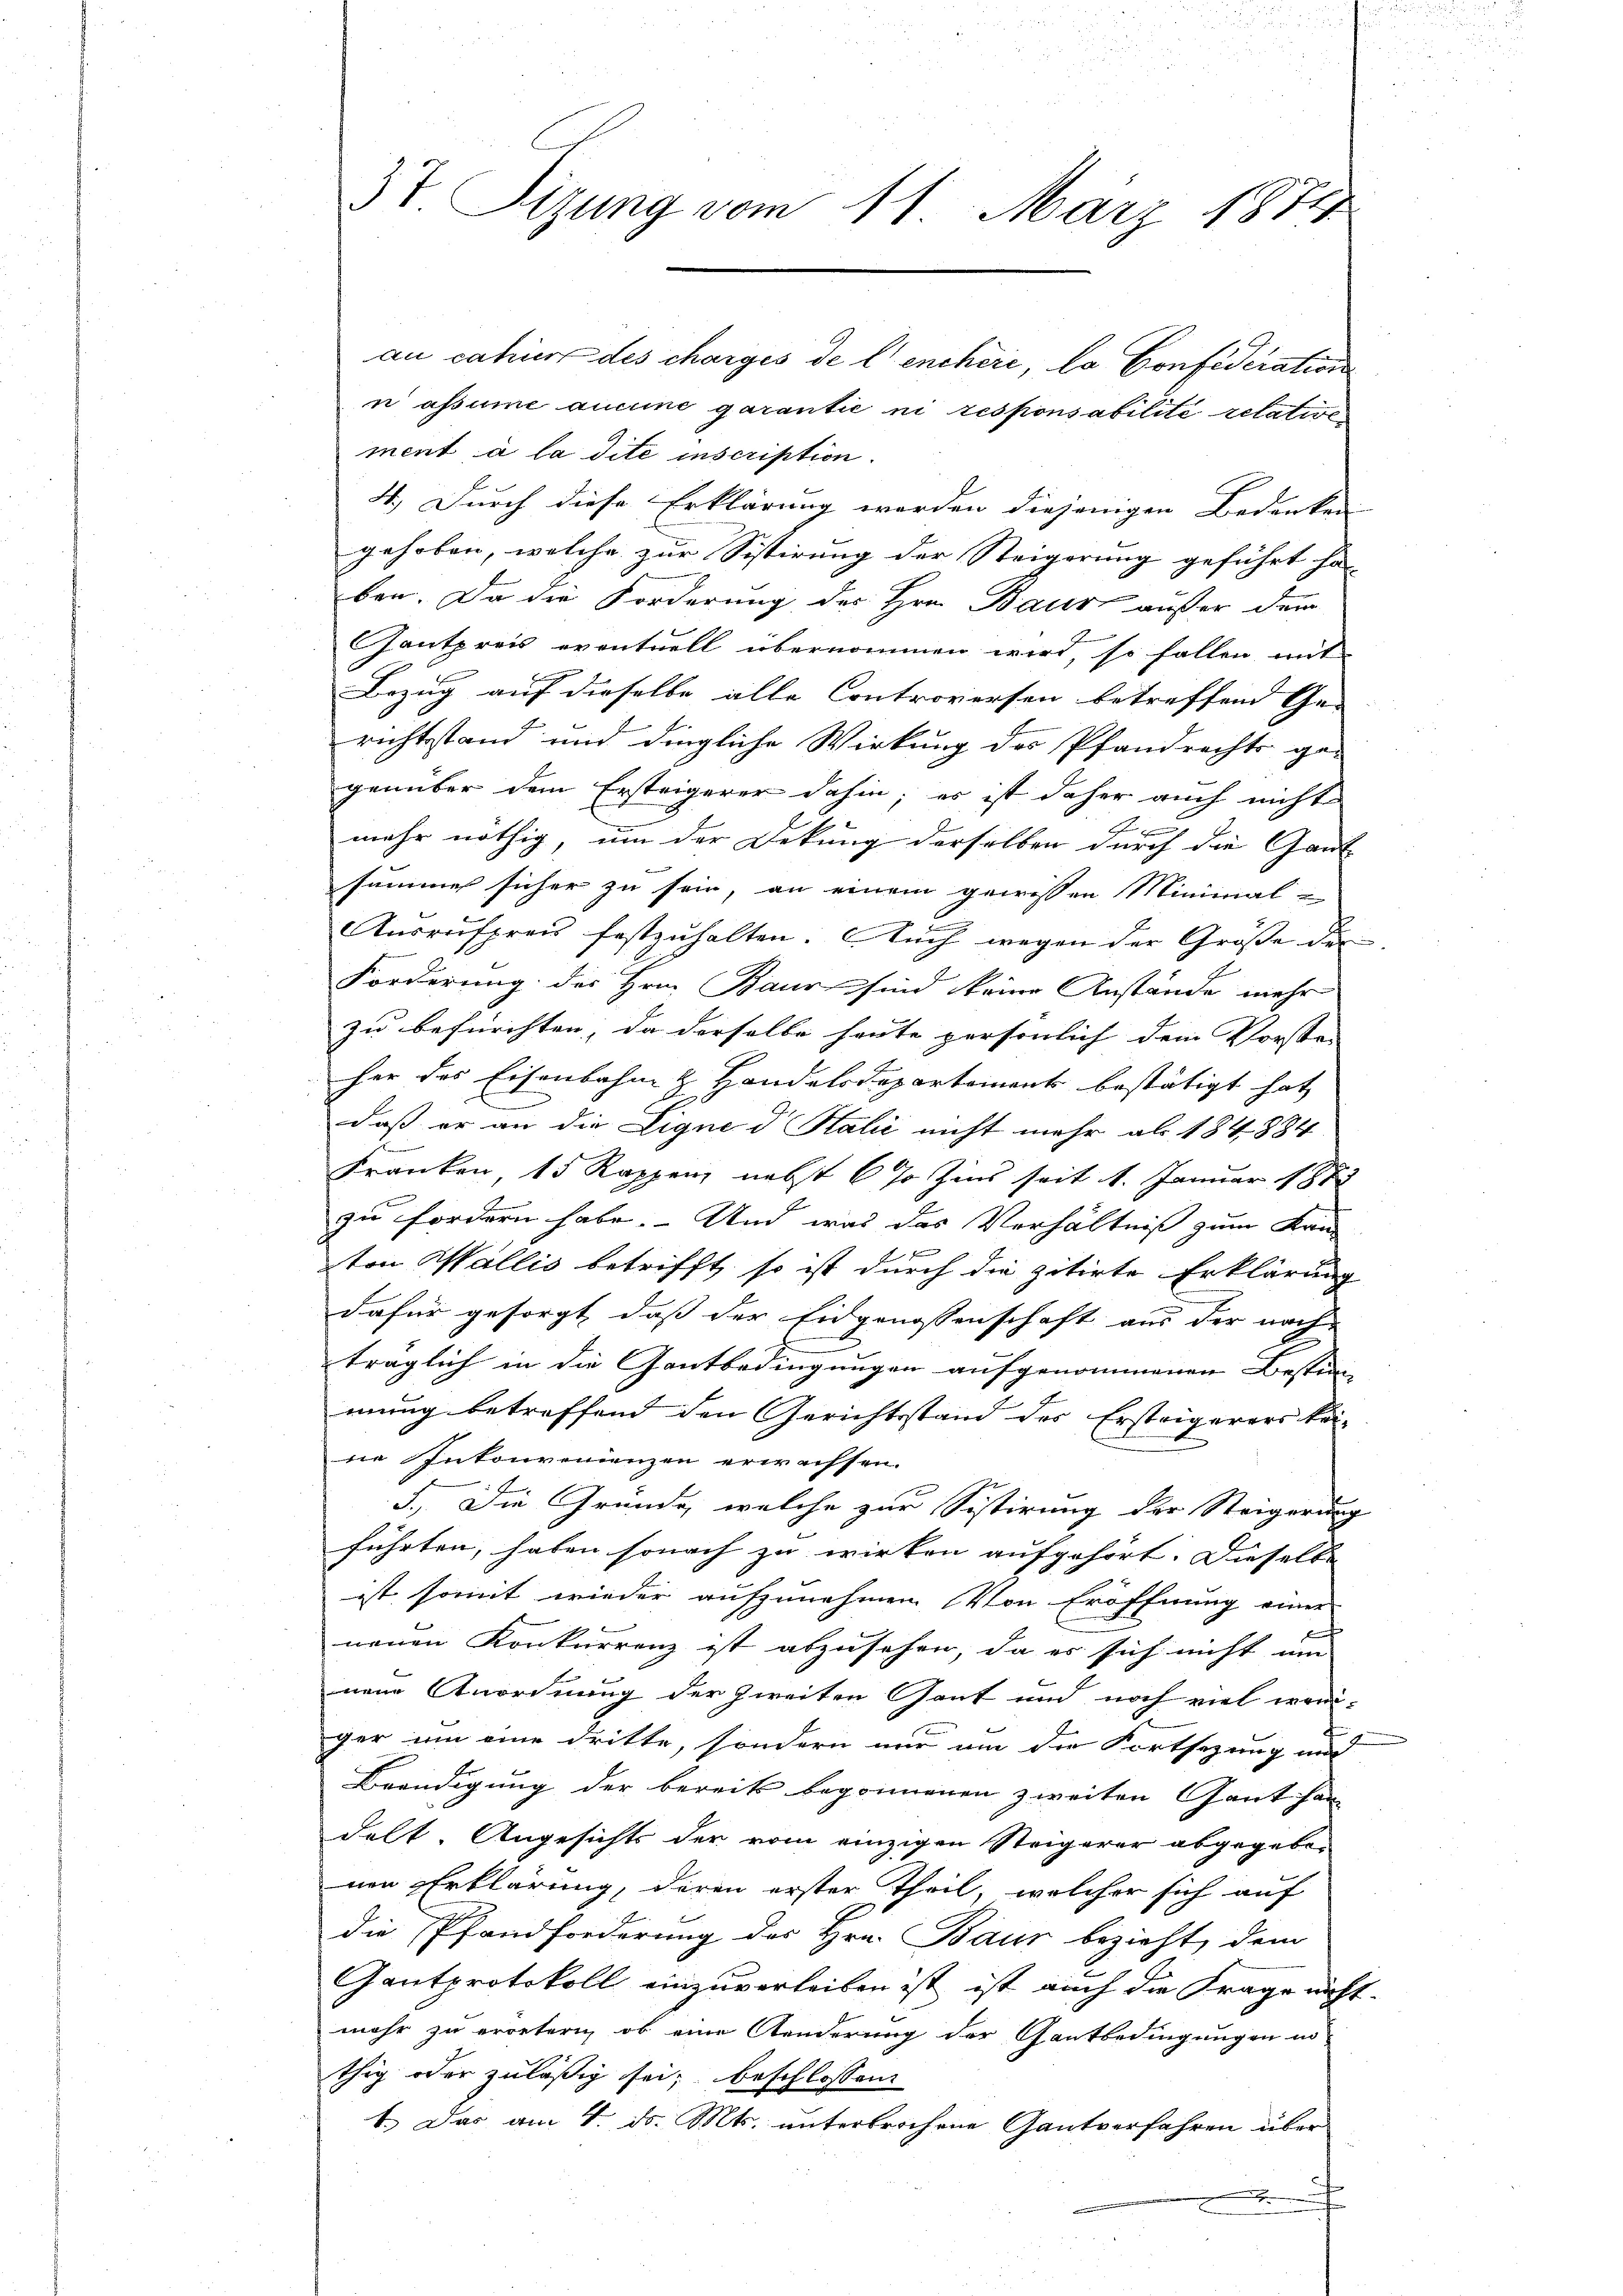
3t Tizung vom 11. März 1874

n assume aucune garantie ni responsabilité relative
ment à la dite inscription.
4.) Durch diese Erklärung werden diejenigen Bedenken
gehoben, welche zur Sistirung der Steigerung geführt hat. |
ben. Da die Forderung des Hrn. Baur außer dem
Gantpreis eventuell übernommen wird, so fallen mit
Bezug auf dieselbe alle Controversen betreffend Ge- |
richtsstand und dingliche Wirkung des Pfandrechts ge-
genüber dem Ersteigerer dahin; es ist daher auch nicht
mehr nöthig, um der Dekung derselben durch die Gant
summer sicher zu sein, an einem gewissen Minimal-
Ausrufpreis festzuhalten. Auch wegen der Größe der
Forderung des Hrn. Baur sind keine Anstände mehr
zu befürchten, da derselbe heute persönlich dem Vorste |
her das Eisenbahn & Handelsdepartement bestätigt hat
daß er an die Ligne d Salić nicht mehr als 184. 884
Franken, 15 Rappen, nebst 6% Zins seit 1. Januar 1884
zu fordern habe. Und was das Verhältniß zum Kan
ton Wallis betrifft, so ist durch die zitirte Erklärung
dafür gesorgt, daß der Eidgenossenschaft aus der nach
träglich in die Gantbedingungen aufgenommenen Bestim-
mung betreffend den Gerichtsstand des Ersteigerers kei-
ne Intourenienzen erwachsen.
5.) Die Gründe, welche zur Sistirung der Steigerung
führten, haben sonach zu wirken aufgehört. Dieselbe
ist somit wieder aufzunehmen. Von Eröffnung einer
neuen Konkurrenz ist abzusehen, da es sich nicht um
nen Anordnung der zweiten Gant und noch viel wer-
ger um eine dritte, sondern nur um die Fortsezung und
Beendigung der bereits begonnenen zweiten Gant han
delt. Angesichts der vom einzigen Steigerer abgegebenen Erklärung, deren erster Theil, welcher sich auf
die Pfandforderung des Hrn. Baur bezieht, dem
Gantprotokoll einzuverleiben ist ist auch die Frage nicht-
mehr zu erretern, ob eine Aenderung der Gantbedingungen no
thig oder zuläßig sei; beschlossen
1.) Das am 4. ds. Mts. unterbrochene Gantverfahren über

an cahier des charges de l’enchère, la Confideration